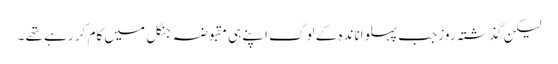
لیکن گذشتہ روز جب پہلواناندہ کے لوگ اپنے ہی مقبوضہ جنگل میں کام کر رہے تھے ۔